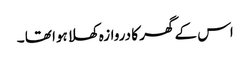
اس کے گھر کا دروازہ کھلا ہوا تھا ۔